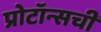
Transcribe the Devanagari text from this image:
प्रोटॉन्सची